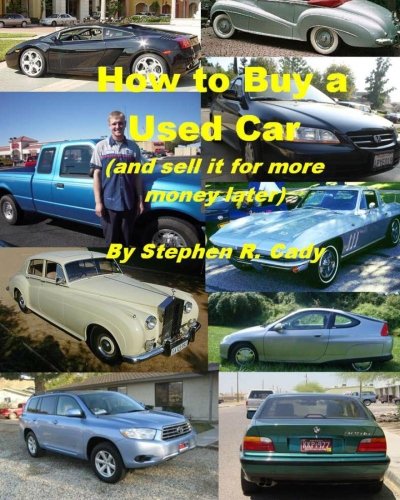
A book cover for How to Buy a Used Car (and Sell it for More Money Later!); Stephen R Cady; Engineering & Transportation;